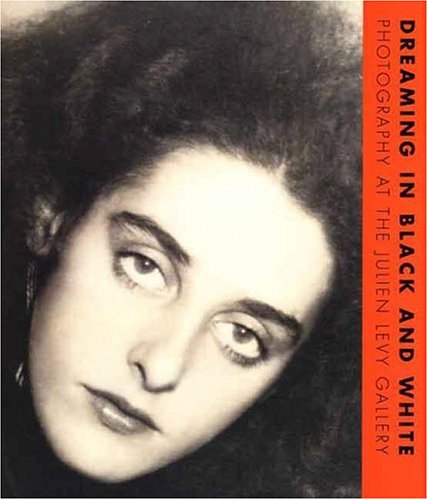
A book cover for Dreaming in Black and White: Photography at the Julien Levy Gallery (Philadelphia Museum of Art); Katherine Ware; Arts & Photography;